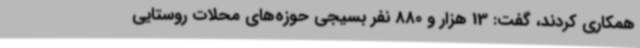
همکاری کردند، گفت: 13 هزار و 880 نفر بسیجی حوزه‌های محلات روستایی